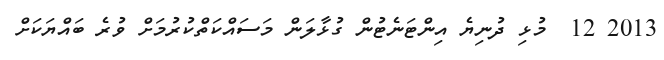
2013 12  މުޅި ދުނިޔެ އިންޓަނެޓުން ގުޅާލަން މަސައްކަތްކުރުމަށް ވުރެ ބައްޔަކަށް